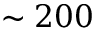
\sim 2 0 0